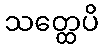
သတ္ထေပိ